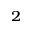
_ 2